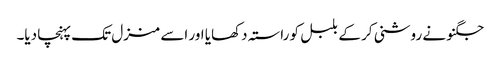
جگنو نے روشنی کر کے بلبل کو راستہ دکھایا اور اسے منزل تک پہنچا دیا۔